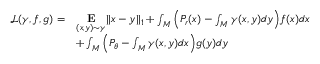
\begin{array} { r l } { \mathcal { L } ( \gamma , f , g ) = } & { \underset { ( x , y ) \sim \gamma } { \mathbf { E } } | | x - y | | _ { 1 } + \int _ { M } \Big ( P _ { r } ( x ) - \int _ { M } \gamma ( x , y ) d y \Big ) f ( x ) d x } \\ & { + \int _ { M } \Big ( P _ { \theta } - \int _ { M } \gamma ( x , y ) d x \Big ) g ( y ) d y } \end{array}